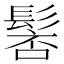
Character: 𩭸